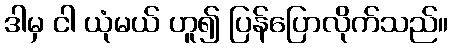
ဒါမှ ငါ ယုံမယ် ဟူ၍ ပြန်ပြောလိုက်သည်။